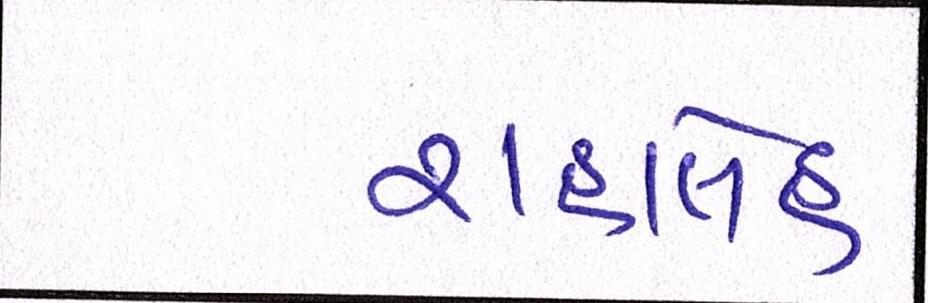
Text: રાહાલેહ